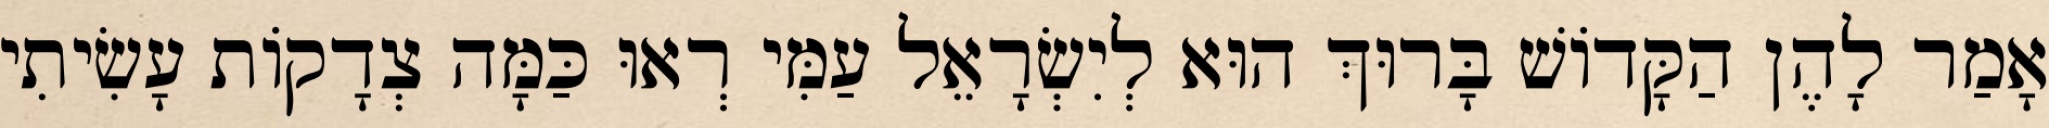
אָמַר לָהֶן הַקָּדוֹשׁ בָּרוּךְ הוּא לְיִשְׂרָאֵל עַמִּי רְאוּ כַּמָּה צְדָקוֹת עָשִׂיתִי